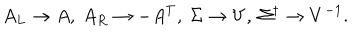
A _ { L } \to A , \ A _ { R } \to - A ^ { T } , \ \Sigma \to V , \ \Sigma ^ { \dagger } \to V ^ { - 1 } .